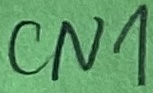
Text: CN1